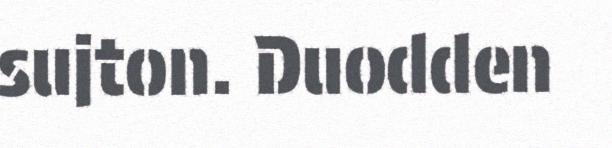
sujton. Duodden